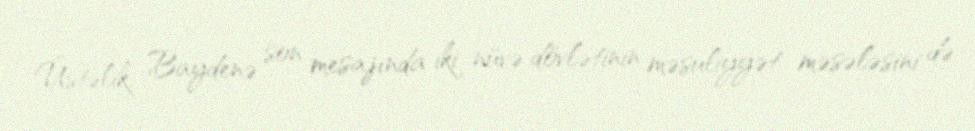
Üstəlik, Baydenə son mesajında iki nüvə dövlətinin məsuliyyət məsələsini də